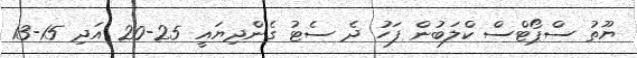
ޔޫތު ސްޕޯޓްސް ކްލަބުން ފަހު ދެ ސެޓު ގެންދިޔައީ 25-20 އަދި 15-13